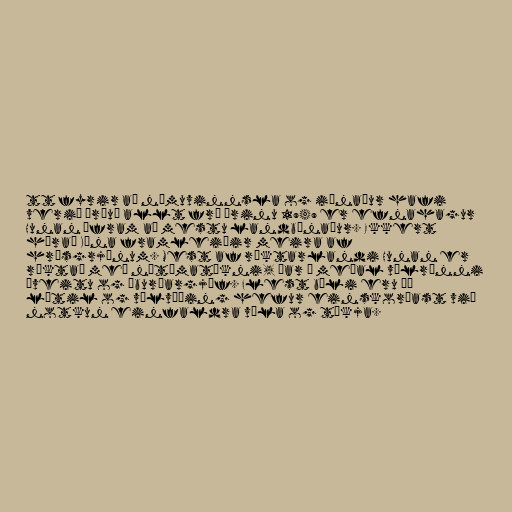
tt fyrir að námuvinnsla og iðnaður hafi
verið þróuð allt frá árinu 1949 er efnahagur
Hunan áfram að mestu landbúnaður. Ekkert
hérað Kína framleiðir meira af
hrísgrjónum. Mest af ræktarlandi Hunan er
ræktað með nútímatækni, þar á meðal vélrænni
áveitu og áburðargjöf. Flest býli eru þó
lítil og vélvæðing hefur einskorðast við
notkun einfaldra véla og tækja.